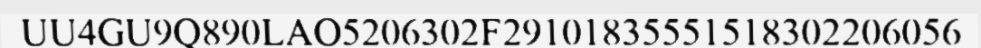
UU4GU9Q890LAO5206302F29101835551518302206056